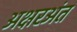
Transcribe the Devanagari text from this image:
अक्षरअंत